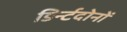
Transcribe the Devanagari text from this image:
डिर्न्टदोनों